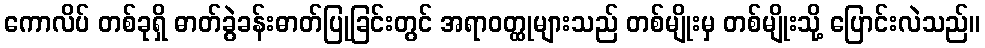
ကောလိပ် တစ်ခုရှိ ဓာတ်ခွဲခန်းဓာတ်ပြုခြင်းတွင် အရာဝတ္ထုများသည် တစ်မျိုးမှ တစ်မျိုးသို့ ပြောင်းလဲသည်။